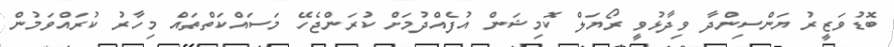
ބޮޑުވަޒީރު ޔަންސިންދާ ވިދާޅުވީ ރޯޔަލް ކޮމިޝަން އުފެއްދުމަށް ކުރަންޖެހޭ މަސައްކަތްތައް މިހާރު ކުރައްވަމުން